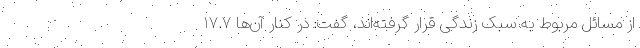
از مسائل مربوط به سبک زندگی قرار گرفته‌اند، گفت: در کنار آن‌ها ۱۷.۷